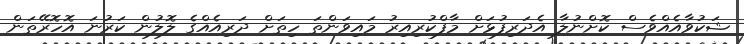
ޝަކުވާއެއްވެސް ކޮށްނުލާ އެދަރިފުޅަށް މާފްކުރިއިރު މައިވަންތަ ހިތަށް ދަރިއެއްގެ ލޮލުން ކަރުނަ އޮހޮރޭތަން